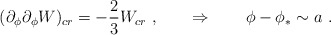
\begin{align*}(\partial_\phi \partial_\phi W)_{cr} = - {2\over 3} W_{cr}\ , \qquad \Rightarrow \qquad \phi - \phi_* \sim a \ . \end{align*}